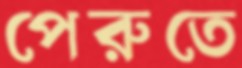
পেরুতে